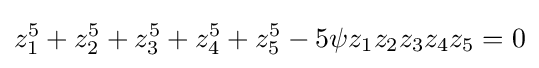
z_{1}^{5}+z_{2}^{5}+z_{3}^{5}+z_{4}^{5}+z_{5}^{5}-5\psi z_{1}z_{2}z_{3}z_{4}z_{5}=0